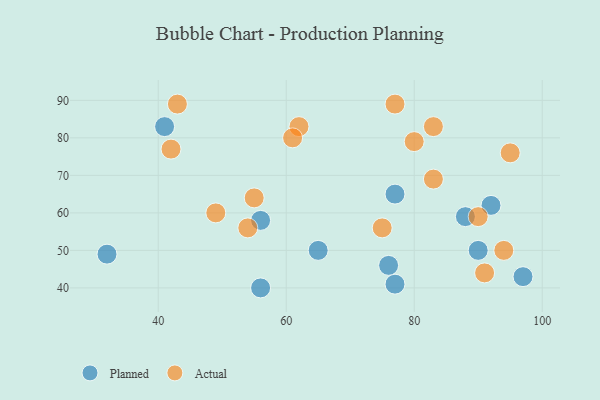
{"axis": {"x": "GDP", "y": "Life Expectancy"}, "legend": ["Actual", "Planned"], "data": [{"x": "77", "y": 65, "type": "Planned"}, {"x": "92", "y": 62, "type": "Planned"}, {"x": "90", "y": 50, "type": "Planned"}, {"x": "97", "y": 43, "type": "Planned"}, {"x": "65", "y": 50, "type": "Planned"}, {"x": "56", "y": 40, "type": "Planned"}, {"x": "77", "y": 41, "type": "Planned"}, {"x": "88", "y": 59, "type": "Planned"}, {"x": "32", "y": 49, "type": "Planned"}, {"x": "76", "y": 46, "type": "Planned"}, {"x": "56", "y": 58, "type": "Planned"}, {"x": "41", "y": 83, "type": "Planned"}, {"x": "80", "y": 79, "type": "Actual"}, {"x": "90", "y": 59, "type": "Actual"}, {"x": "43", "y": 89, "type": "Actual"}, {"x": "62", "y": 83, "type": "Actual"}, {"x": "42", "y": 77, "type": "Actual"}, {"x": "91", "y": 44, "type": "Actual"}, {"x": "83", "y": 83, "type": "Actual"}, {"x": "49", "y": 60, "type": "Actual"}, {"x": "83", "y": 69, "type": "Actual"}, {"x": "95", "y": 76, "type": "Actual"}, {"x": "77", "y": 89, "type": "Actual"}, {"x": "75", "y": 56, "type": "Actual"}, {"x": "54", "y": 56, "type": "Actual"}, {"x": "55", "y": 64, "type": "Actual"}, {"x": "94", "y": 50, "type": "Actual"}, {"x": "61", "y": 80, "type": "Actual"}]}